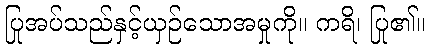
ပြုအပ်သည်နှင့်ယှဉ်သောအမှုကို။ ကရိ၊ ပြု၏။